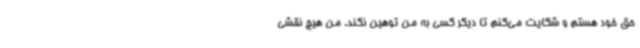
حق خود هستم و شکایت می‌کنم تا دیگر کسی به من توهین نکند. من هیچ نقشی